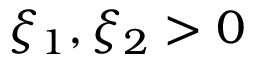
\xi _ { 1 } , \xi _ { 2 } > 0